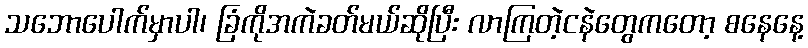
သဘောပေါက်မှာပါ၊ ခြံကိုအကဲခတ်မယ်ဆိုပြီး လာကြတဲ့ငနဲတွေကတော့ စနေနေ့